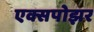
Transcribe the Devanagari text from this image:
एक्सपोझर